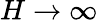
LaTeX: H\to\infty